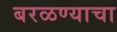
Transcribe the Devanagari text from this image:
बरळण्याचा